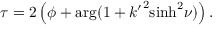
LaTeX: \tau = 2 \left( \phi + \arg ( 1 + { k ^ { \prime } } ^ { 2 } { \sinh } ^ { 2 } \nu ) \right) .